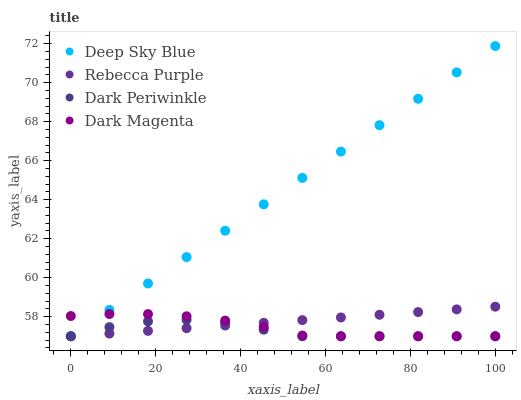
| xaxis_label | Deep Sky Blue | Rebecca Purple | Dark Periwinkle | Dark Magenta |
 | --- | --- | --- | --- | --- |
 | 0 | 57 | 57 | 57 | 58 |
 | 9.09 | 58.4 | 57.1 | 57.5 | 58.1 |
 | 18.2 | 59.7 | 57.3 | 57.8 | 58.1 |
 | 27.3 | 61.1 | 57.4 | 57.8 | 58 |
 | 36.4 | 62.4 | 57.6 | 57.7 | 57.8 |
 | 45.5 | 63.8 | 57.7 | 57.3 | 57.5 |
 | 54.5 | 65.1 | 57.8 | 57 | 57 |
 | 63.6 | 66.5 | 58 | 57 | 57 |
 | 72.7 | 67.8 | 58.1 | 57 | 57 |
 | 81.8 | 69.2 | 58.2 | 57 | 57 |
 | 90.9 | 70.5 | 58.4 | 57 | 57 |
 | 100 | 71.9 | 58.5 | 57 | 57 |